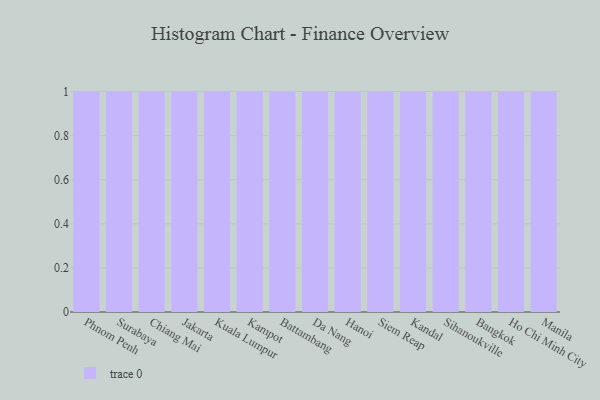
{"axis": {"x": "City", "y": "Bounce Rate (%)"}, "legend": [""], "data": [{"x": "Phnom Penh", "y": 19, "type": ""}, {"x": "Surabaya", "y": 67, "type": ""}, {"x": "Chiang Mai", "y": 50, "type": ""}, {"x": "Jakarta", "y": 38, "type": ""}, {"x": "Kuala Lumpur", "y": 3, "type": ""}, {"x": "Kampot", "y": 7, "type": ""}, {"x": "Battambang", "y": 37, "type": ""}, {"x": "Da Nang", "y": 56, "type": ""}, {"x": "Hanoi", "y": 51, "type": ""}, {"x": "Siem Reap", "y": 44, "type": ""}, {"x": "Kandal", "y": 17, "type": ""}, {"x": "Sihanoukville", "y": 100, "type": ""}, {"x": "Bangkok", "y": 47, "type": ""}, {"x": "Ho Chi Minh City", "y": 26, "type": ""}, {"x": "Manila", "y": 9, "type": ""}]}